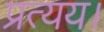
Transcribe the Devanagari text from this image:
प्रत्यय।